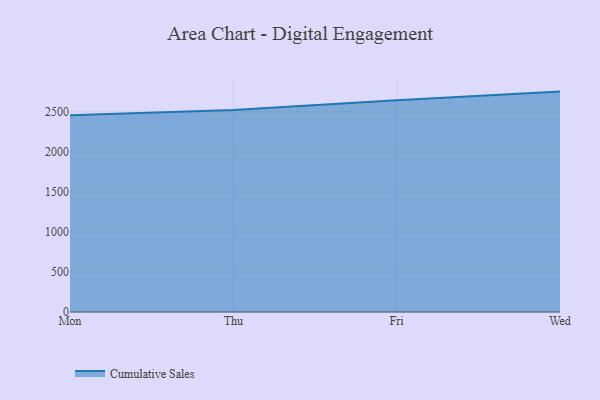
{"axis": {"x": "Day", "y": "Waste Production (Tons)"}, "legend": ["Cumulative Sales"], "data": [{"x": "Mon", "y": 2457.0, "type": "Cumulative Sales"}, {"x": "Thu", "y": 2524.7, "type": "Cumulative Sales"}, {"x": "Fri", "y": 2646.1, "type": "Cumulative Sales"}, {"x": "Wed", "y": 2753.9, "type": "Cumulative Sales"}]}